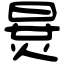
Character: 𣇪